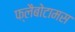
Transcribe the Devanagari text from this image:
फ्लैबोटामस